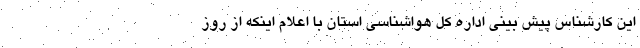
این کارشناس پیش بینی اداره کل هواشناسی استان با اعلام اینکه از روز